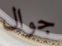
جوال